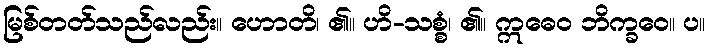
မြစ်တတ်သည်လည်း။ ဟောတိ၊ ၏။ ဟိ-သစ္စံ၊ ၏။ ဣဓေဝ ဘိက္ခဝေ။ ပ။